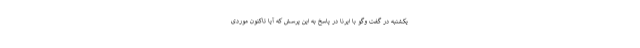
یکشنبه در گفت وگو با ایرنا در پاسخ به این پرسش که آیا تاکنون موردی